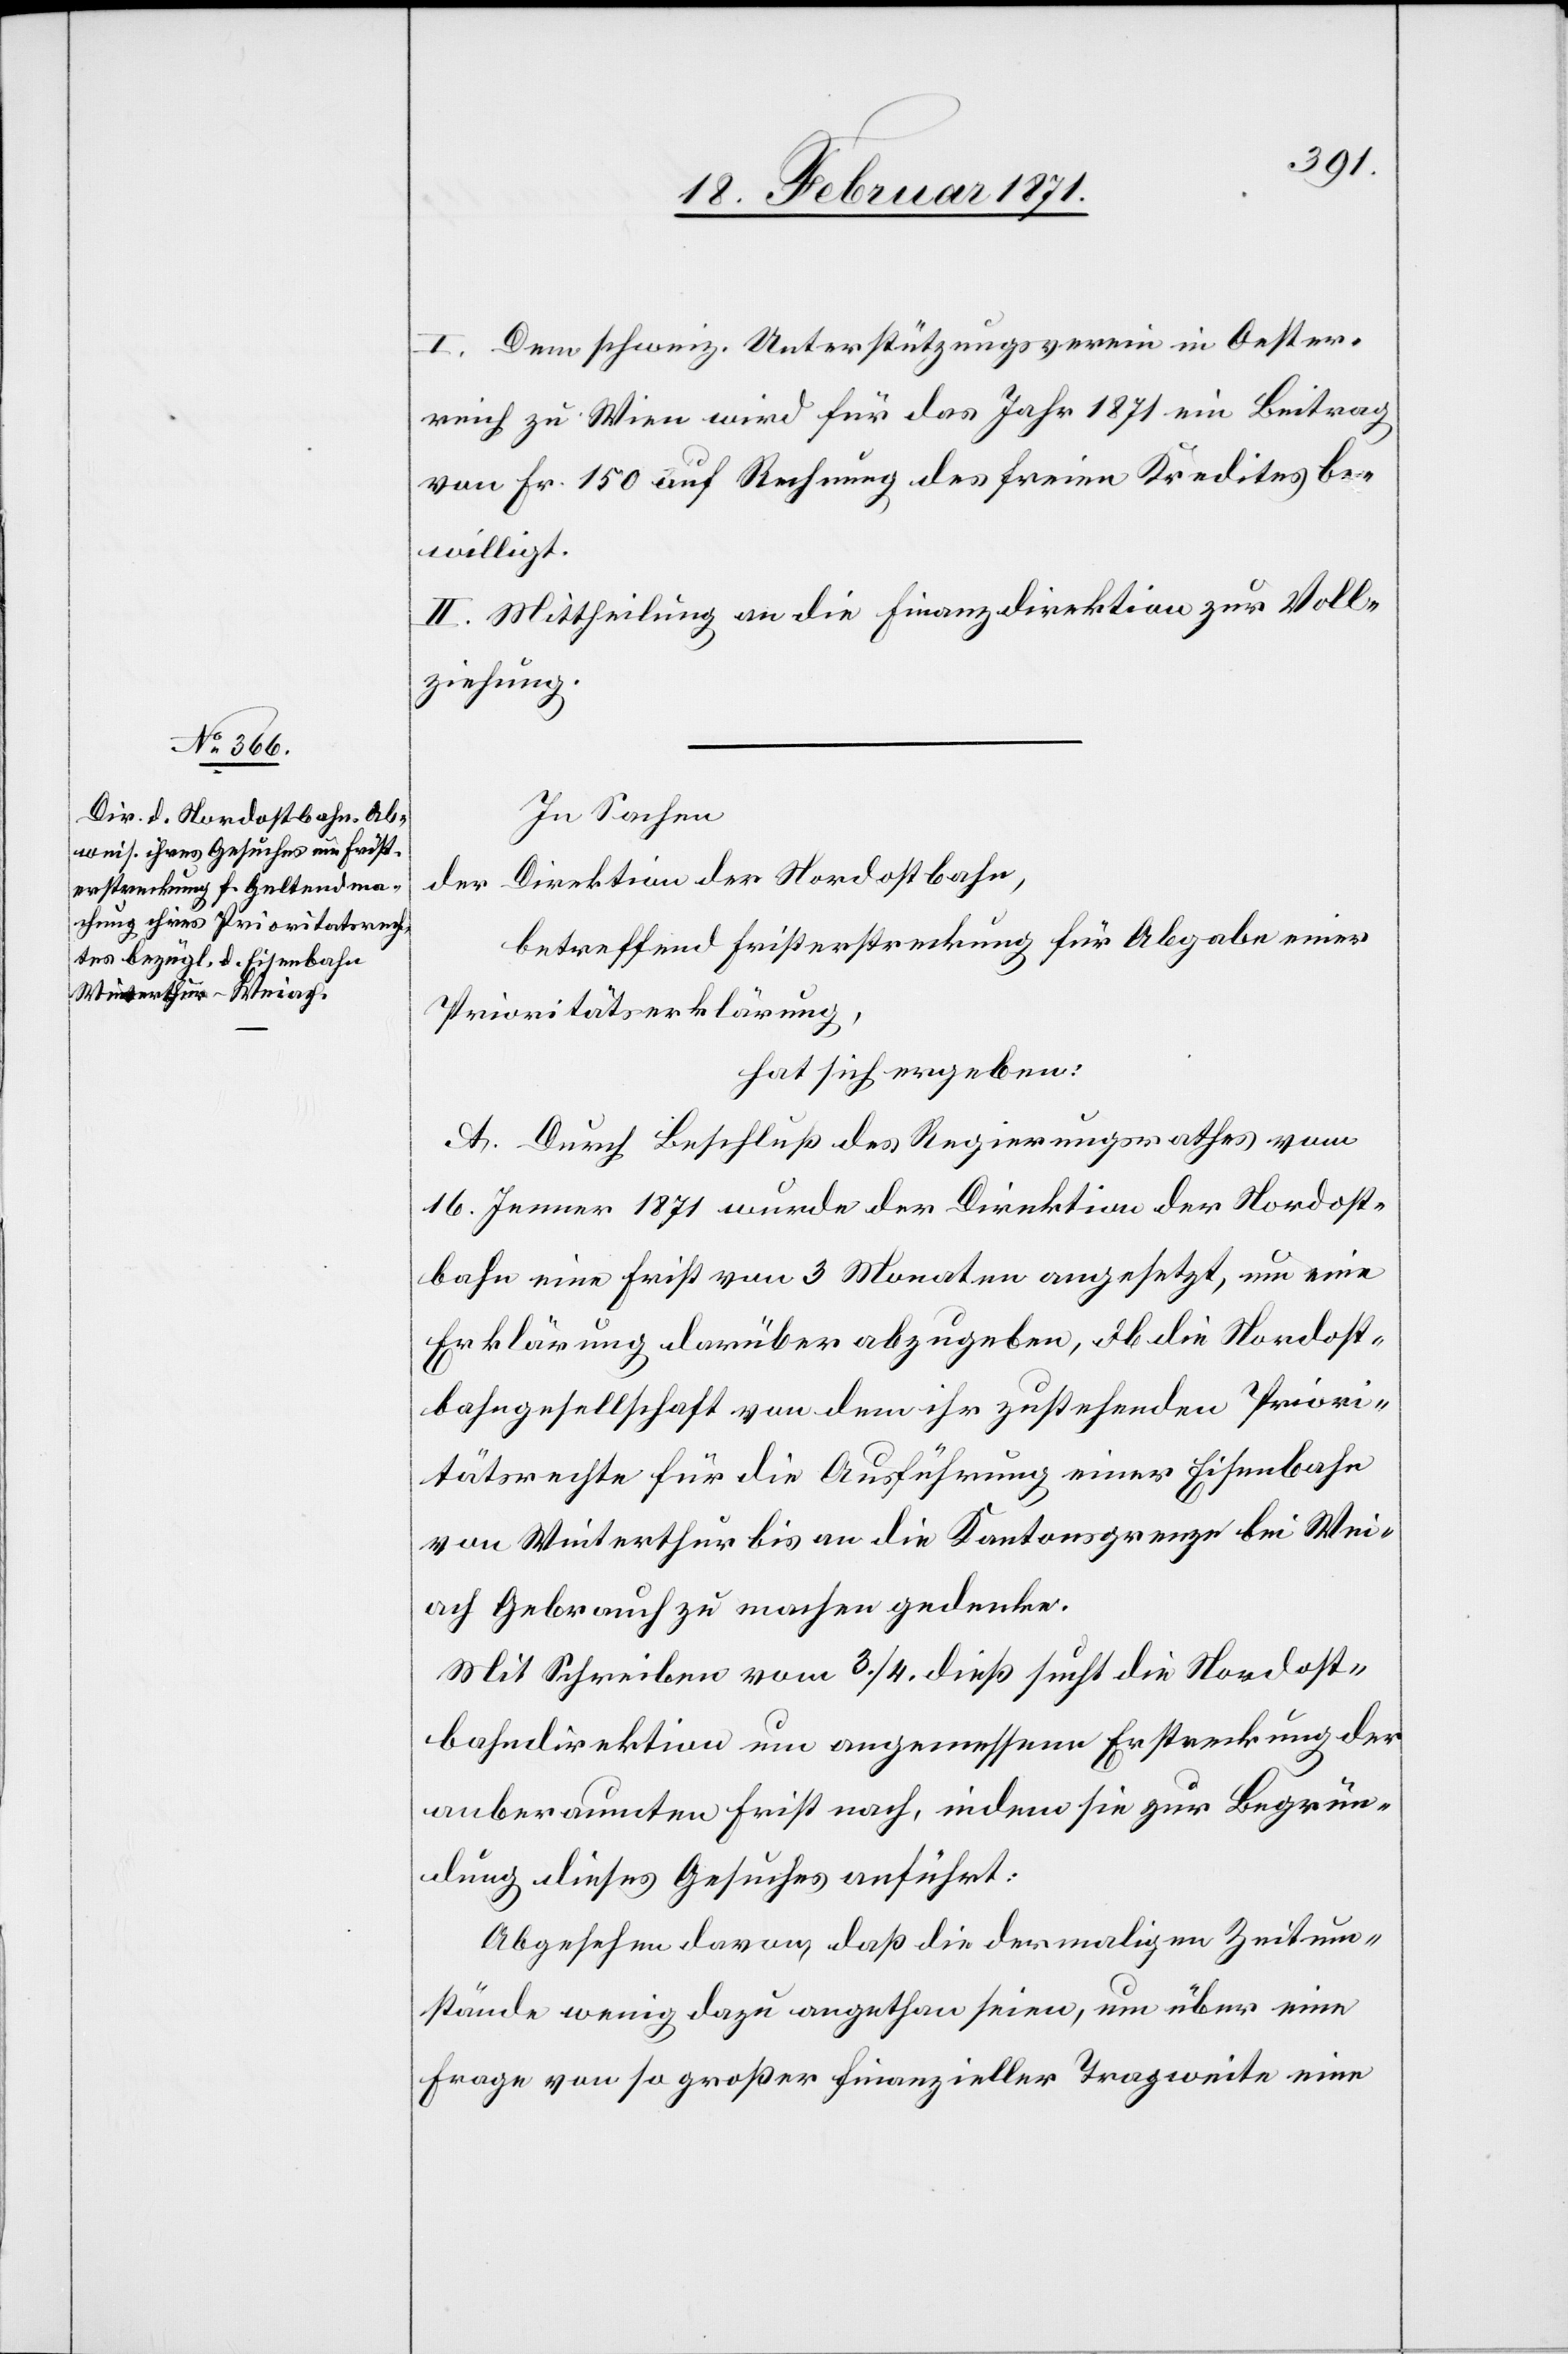
I. Dem schweiz. Unterstützungsverein in Oester¬
reich zu Wien wird für das Jahr 1871 ein Beitrag
von Fr. 150 auf Rechnung des freien Kredites be¬
willigt.
II. Mittheilung an die Finanzdirektion zur Voll¬
ziehung.
In Sachen
der Direktion der Nordostbahn,
betreffend Fristerstreckung für Abgabe einer
Prioritätserklärung,
hat sich ergeben:
A. Durch Beschluß des Regierungsrathes vom
16. Jenner 1871 wurde der Direktion der Nordost¬
bahn eine Frist von 3 Monaten angesetzt, um eine
Erklärung darüber abzugeben, ob die Nordost¬
bahngesellschaft von dem ihr zustehenden Priori¬
tätsrechte für die Ausführung einer Eisenbahn
von Winterthur bis an die Kantonsgrenze bei Wei¬
ach Gebrauch zu machen gedenke.
Mit Schreiben vom 3./4. dieß sucht die Nordost¬
bahndirektion um angemessene Erstreckung der
anberaumten Frist nach, indem sie zur Begrün¬
dung diese Gesuches anführt:
Abgesehen davon, daß die dermaligen Zeitum¬
stände wenig dazu angethan seien, um über eine
Frage von so großer finanzieller Tragweite eine